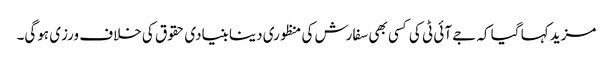
مزید کہا گیا کہ جے آئی ٹی کی کسی بھی سفارش کی منظوری دینا بنیادی حقوق کی خلاف ورزی ہوگی۔